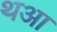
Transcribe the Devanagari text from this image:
थआ